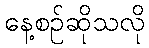
နေ့စဉ်ဆိုသလို